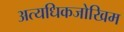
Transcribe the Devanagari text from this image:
अत्यधिकजोखिम